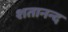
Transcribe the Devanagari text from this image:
शतानन्द